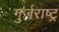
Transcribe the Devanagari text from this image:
गुर्जराष्ट्र